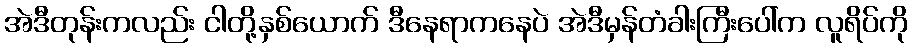
အဲဒီတုန်းကလည်း ငါတို့နှစ်ယောက် ဒီနေရာကနေပဲ အဲဒီမှန်တံခါးကြီးပေါ်က လူရိပ်ကို